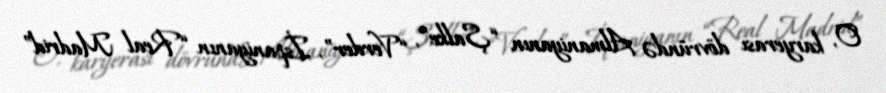
O, karyerası dövründə Almaniyanın “Şalke”, “Verder”, İspaniyanın “Real Madrid”